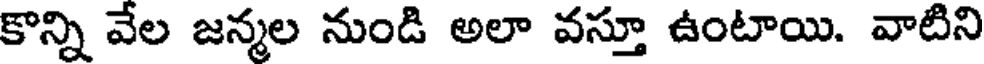
కొన్ని వేల జన్మల నుండి అలా వస్తూ ఉంటాయి. వాటిని